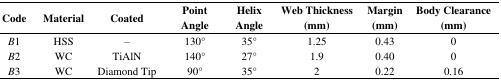
<table><thead><tr><td><b>Code</b></td><td><b>Material</b></td><td><b>Coated</b></td><td><b>Point Angle</b></td><td><b>Helix Angle</b></td><td><b>Web Thickness (mm)</b></td><td><b>Margin (mm)</b></td><td><b>Body Clearance (mm)</b></td></tr></thead><tbody><tr><td><i>B</i>1</td><td>HSS</td><td>–</td><td>130°</td><td>35°</td><td>1.25</td><td>0.43</td><td>0</td></tr><tr><td><i>B</i>2</td><td>WC</td><td>TiAlN</td><td>140°</td><td>27°</td><td>1.9</td><td>0.40</td><td>0</td></tr><tr><td><i>B</i>3</td><td>WC</td><td>Diamond Tip</td><td>90°</td><td>35°</td><td>2</td><td>0.22</td><td>0.16</td></tr></tbody></table>